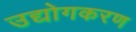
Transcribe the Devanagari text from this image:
उद्योगकरण